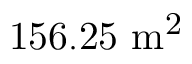
\mathrm { 1 5 6 . 2 5 ~ m ^ { 2 } }